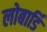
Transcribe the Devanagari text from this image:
लोबार्डि